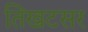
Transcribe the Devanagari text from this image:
तिखटसर